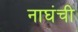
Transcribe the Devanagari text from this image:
नाघंची